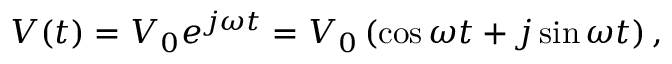
V ( t ) = V _ { 0 } e ^ { j \omega t } = V _ { 0 } \left( \cos \omega t + j \sin \omega t \right) ,